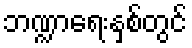
ဘဏ္ဍာရေးနှစ်တွင်